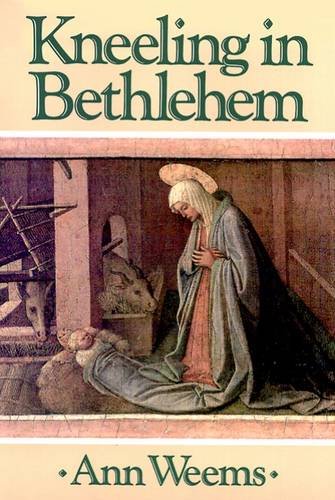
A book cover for Kneeling in Bethlehem; Ann Weems; Christian Books & Bibles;